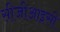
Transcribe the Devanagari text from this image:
सीजीआइसी